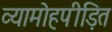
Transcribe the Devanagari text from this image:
व्यामोहपीड़ित